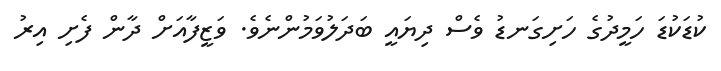
ކުޑަކުޑަ ހަމީދުގެ ހަށިގަނޑު ވެސް ދިޔައީ ބަދަލުވަމުންނެވެ. ވަޒީފާއަށް ދާން ފެށި އިރު